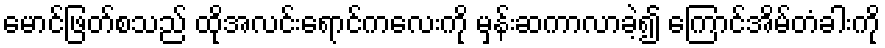
မောင်ဖြတ်စသည် ထိုအလင်းရောင်ကလေးကို မှန်းဆကာလာခဲ့၍ ကြောင်အိမ်တံခါးကို